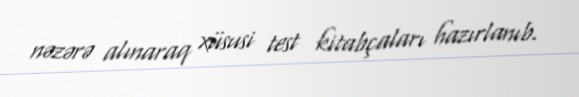
nəzərə alınaraq xüsusi test kitabçaları hazırlanıb.